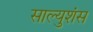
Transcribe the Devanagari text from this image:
साल्युशंस